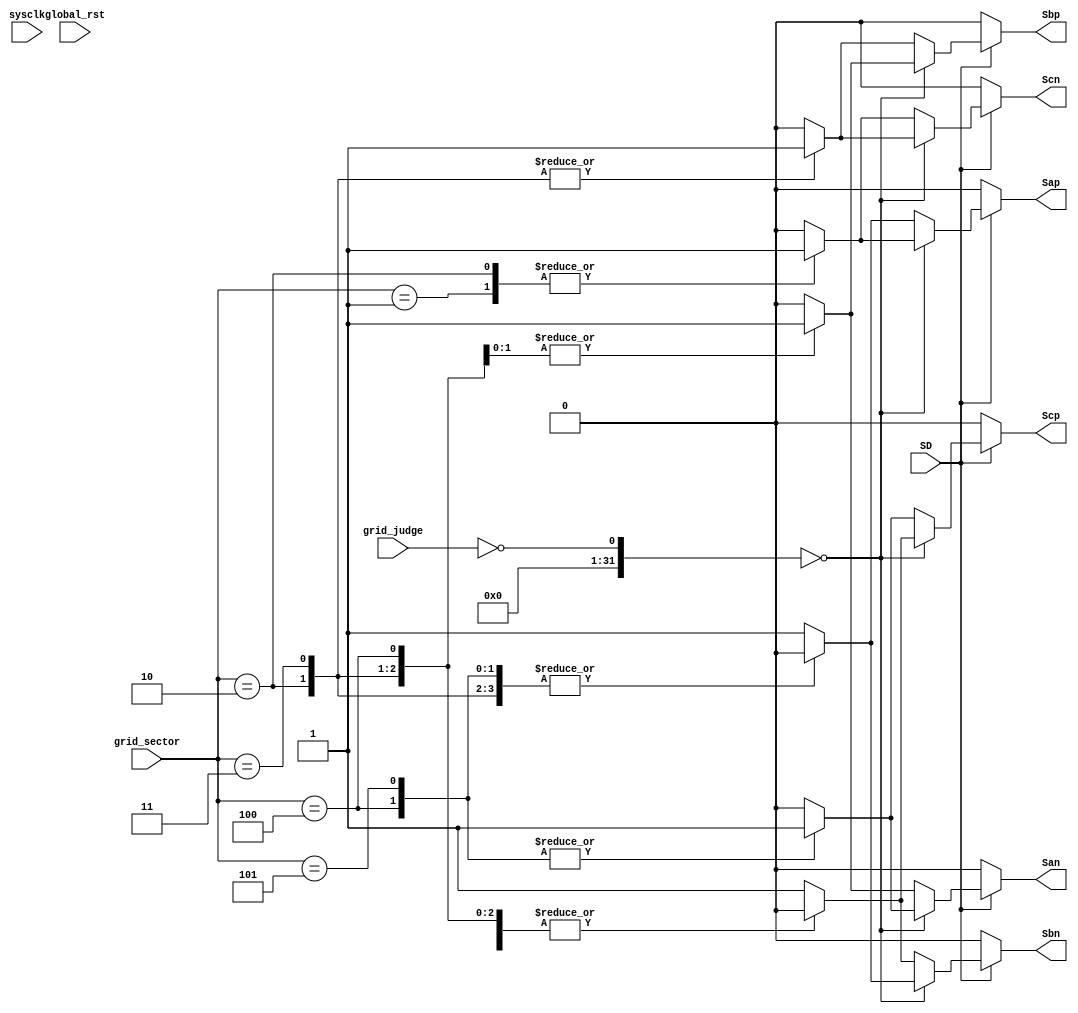
module rectifier( Sap,       // Swithing signal
						San,			// Swithing signal
						Sbp,			// Swithing signal
						Sbn,			// Swithing signal
						Scp,			// Swithing signal
						Scn,			// Swithing signal
						
						grid_judge,	// duty control
						grid_sector, // voltage sector of grid side
						SD,			 // Shutting down 
						
					   sysclk,        // clkin
					   global_rst    // global reset
);

input sysclk;
input global_rst;

input [15:0] grid_sector;
input grid_judge;
input SD;

output reg Sap;
output reg San;
output reg Sbp;
output reg Sbn;
output reg Scp;
output reg Scn;


// Sap Swithing Signal
always @ (*) 
	if (!SD) 
		Sap = 1'b0;
	else begin
		if (!grid_judge == 0)
				case (grid_sector)
				15'd1: Sap = 1;
				15'd2: Sap = 1;		
				15'd3: Sap = 0;		
				15'd4: Sap = 0;		
				15'd5: Sap = 0;		
				default: Sap = 0;	
				endcase
		else 
				case (grid_sector)
				15'd1: Sap = 1;
				15'd2: Sap = 0;		
				15'd3: Sap = 0;		
				15'd4: Sap = 0;		
				15'd5: Sap = 0;		
				default: Sap = 1;	
				endcase			
	end	
// San Swithing Signal
always @ (*) 
	if (!SD) 
		San = 1'b0;
	else begin
		if (!grid_judge == 0)
				case (grid_sector)
				15'd1: San = 0;
				15'd2: San = 0;		
				15'd3: San = 0;		
				15'd4: San = 1;		
				15'd5: San = 1;		
				default: San = 0;	
				endcase
		else 
				case (grid_sector)
				15'd1: San = 0;
				15'd2: San = 0;		
				15'd3: San = 1;		
				15'd4: San = 1;		
				15'd5: San = 0;		
				default: San = 0;	
				endcase			
	end	
	
// Sbp Swithing Signal
always @ (*) 
	if (!SD) 
		Sbp = 1'b0;
	else begin
		if (!grid_judge == 0)
				case (grid_sector)
				15'd1: Sbp = 0;
				15'd2: Sbp = 0;		
				15'd3: Sbp = 1;		
				15'd4: Sbp = 1;		
				15'd5: Sbp = 0;		
				default: Sbp = 0;	
				endcase
		else 
				case (grid_sector)
				15'd1: Sbp = 0;
				15'd2: Sbp = 1;		
				15'd3: Sbp = 1;		
				15'd4: Sbp = 0;		
				15'd5: Sbp = 0;		
				default: Sbp = 0;	
				endcase			
	end		
	
// Sbn Swithing Signal
always @ (*) 
	if (!SD) 
		Sbn = 1'b0;
	else begin
		if (!grid_judge == 0)
				case (grid_sector)
				15'd1: Sbn = 1;
				15'd2: Sbn = 0;		
				15'd3: Sbn = 0;		
				15'd4: Sbn = 0;		
				15'd5: Sbn = 0;		
				default: Sbn = 1;	
				endcase
		else 
				case (grid_sector)
				15'd1: Sbn = 0;
				15'd2: Sbn = 0;		
				15'd3: Sbn = 0;		
				15'd4: Sbn = 0;		
				15'd5: Sbn = 1;		
				default: Sbn = 1;	
				endcase			
	end		
// Scp Swithing Signal
always @ (*) 
	if (!SD) 
		Scp = 1'b0;
	else begin
		if (!grid_judge == 0)
				case (grid_sector)
				15'd1: Scp = 0;
				15'd2: Scp = 0;		
				15'd3: Scp = 0;		
				15'd4: Scp = 0;		
				15'd5: Scp = 1;		
				default: Scp = 1;	
				endcase
		else 
				case (grid_sector)
				15'd1: Scp = 0;
				15'd2: Scp = 0;		
				15'd3: Scp = 0;		
				15'd4: Scp = 1;		
				15'd5: Scp = 1;		
				default: Scp = 0;	
				endcase			
	end		
		
// Scn Swithing Signal
always @ (*) 
	if (!SD) 
		Scn = 1'b0;
	else begin
		if (!grid_judge == 0)
				case (grid_sector)
				15'd1: Scn = 0;
				15'd2: Scn = 1;		
				15'd3: Scn = 1;		
				15'd4: Scn = 0;		
				15'd5: Scn = 0;		
				default: Scn = 0;	
				endcase
		else 
				case (grid_sector)
				15'd1: Scn = 1;
				15'd2: Scn = 1;		
				15'd3: Scn = 0;		
				15'd4: Scn = 0;		
				15'd5: Scn = 0;		
				default: Scn = 0;	
				endcase			
	end		
	
	

endmodule